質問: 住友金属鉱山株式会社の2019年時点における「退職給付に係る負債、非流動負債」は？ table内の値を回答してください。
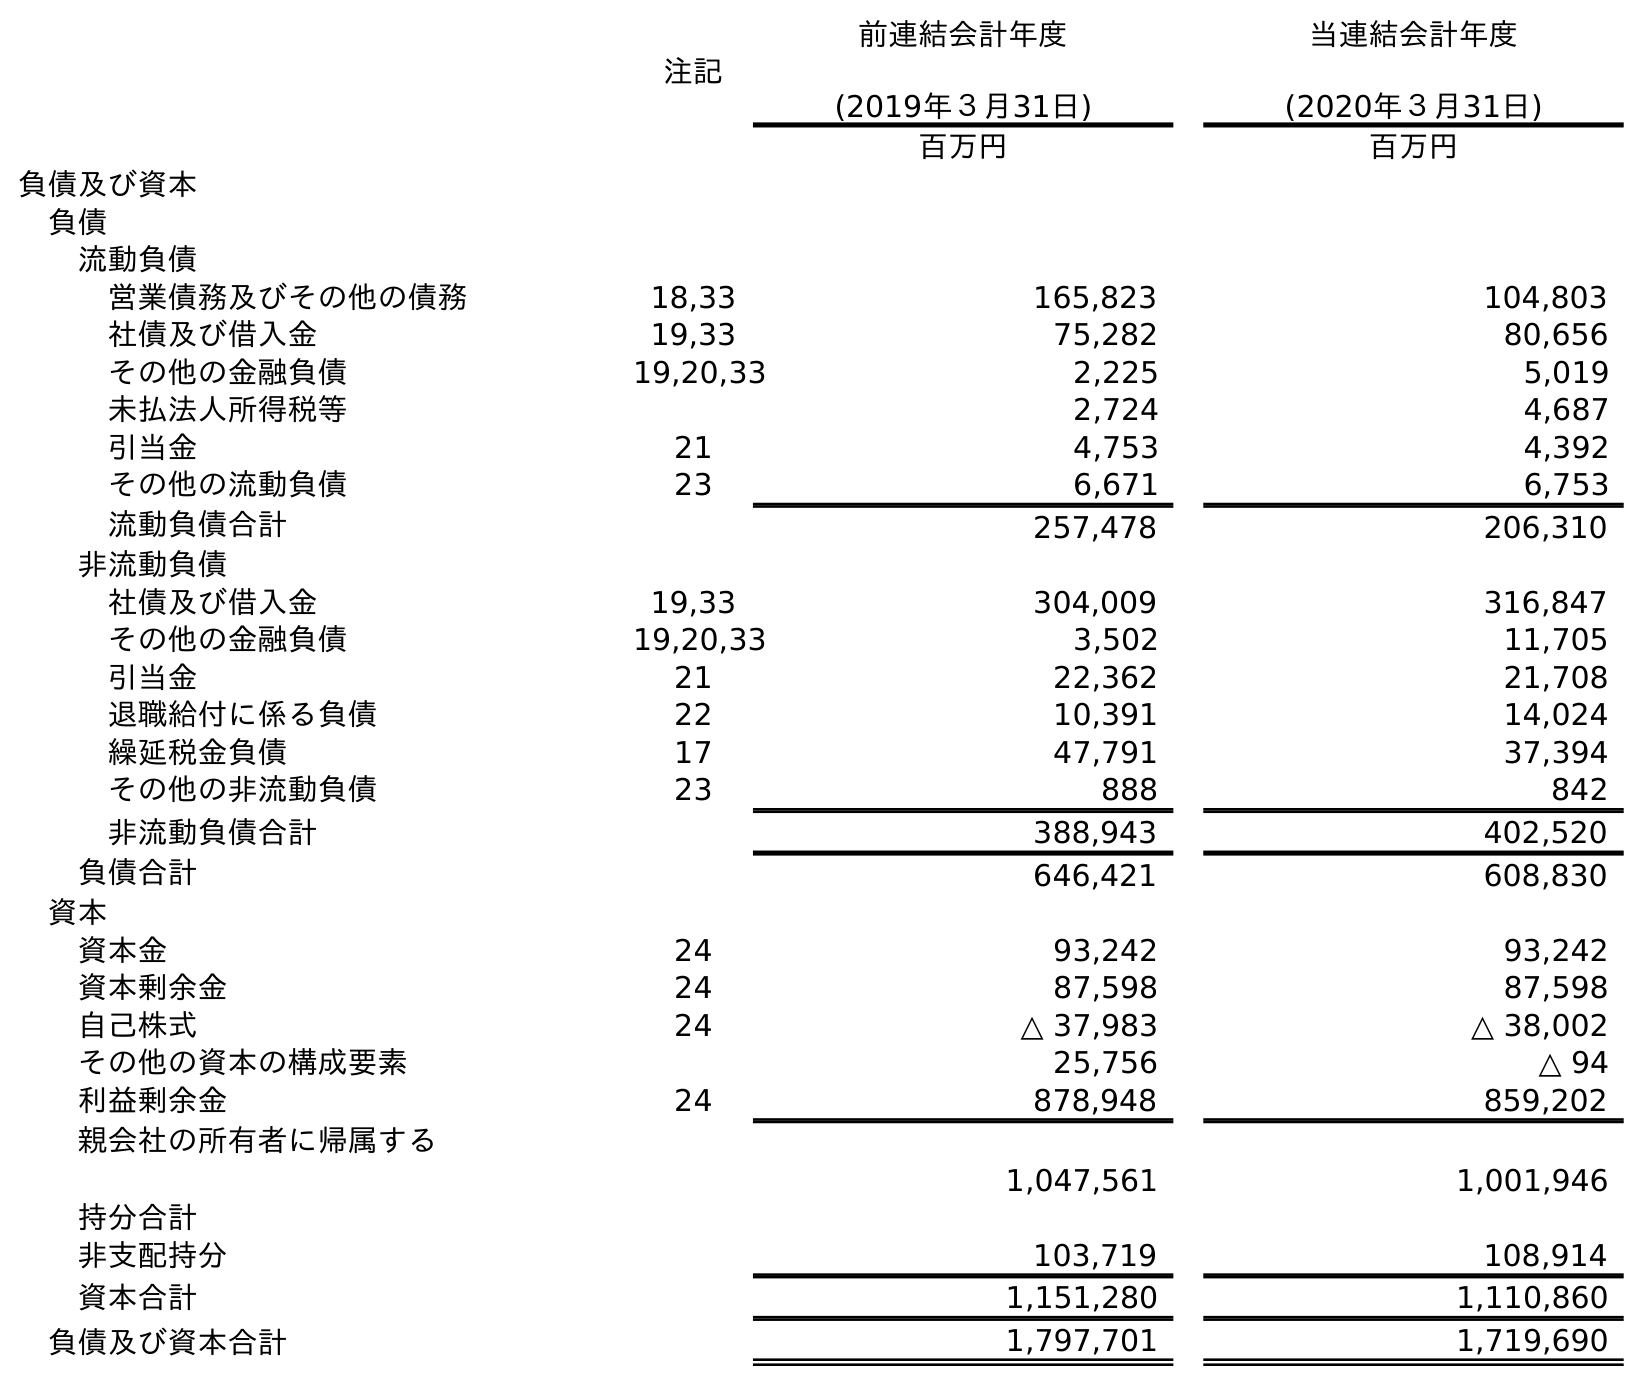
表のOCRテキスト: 注記 前連結会計年度 (2019年３月31日) 当連結会計年度 (2020年３月31日) 百万円 百万円 負債及び資本 負債 流動負債 営業債務及びその他の債務 18,33 165,823 104,803 社債及び借入金 19,33 75,282 80,656 その他の金融負債 19,20,33 2,225 5,019 未払法人所得税等 2,724 4,687 引当金 21 4,753 4,392 その他の流動負債 23 6,671 6,753 流動負債合計 257,478 206,310 非流動負債 社債及び借入金 19,33 304,009 316,847 その他の金融負債 19,20,33 3,502 11,705 引当金 21 22,362 21,708 退職給付に係る負債 22 10,391 14,024 繰延税金負債 17 47,791 37,394 その他の非流動負債 23 888 842 非流動負債合計 388,943 402,520 負債合計 646,421 608,830 資本 資本金 24 93,242 93,242 資本剰余金 24 87,598 87,598 自己株式 24 △ 37,983 △ 38,002 その他の資本の構成要素 25,756 △ 94 利益剰余金 24 878,948 859,202 親会社の所有者に帰属する 持分合計 1,047,561 1,001,946 非支配持分 103,719 108,914 資本合計 1,151,280 1,110,860 負債及び資本合計 1,797,701 1,719,690
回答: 10,391